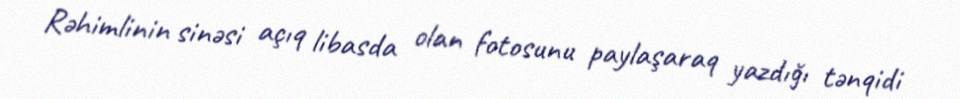
Rəhimlinin sinəsi açıq libasda olan fotosunu paylaşaraq yazdığı tənqidi